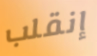
إنقلب